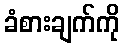
ခံစားချက်ကို